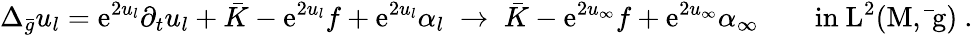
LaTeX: \Delta_{\bar{g}}u_{l}=\mathrm{e}^{2u_{l}}\partial_{t}u_{l}+\bar{K}-\mathrm{e}^{2u_{l}}f+\mathrm{e}^{2u_{l}}\alpha_{l}\; \to\; \bar{K}-\mathrm{e}^{2u_{\infty}}f+\mathrm{e}^{2u_{\infty}}\alpha_{\infty}\qquad\mathrm{in~L^2(M,\bar{~}g)~.}